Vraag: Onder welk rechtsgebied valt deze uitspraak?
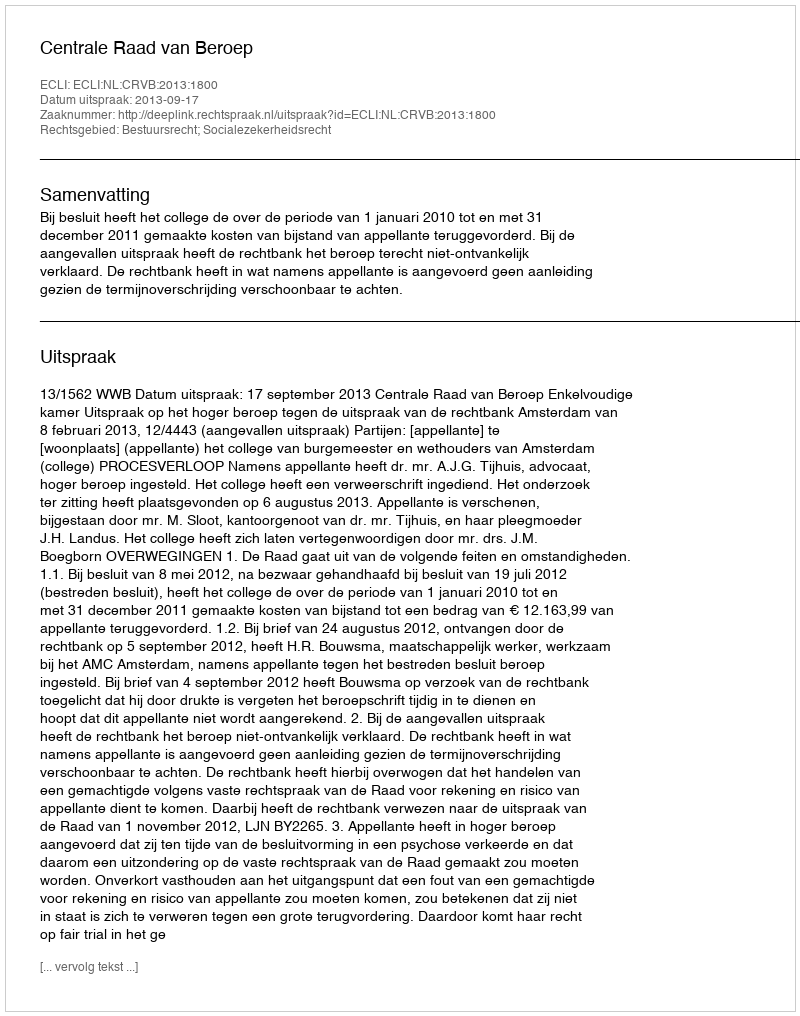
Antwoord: Bestuursrecht; Socialezekerheidsrecht